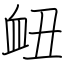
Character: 衄